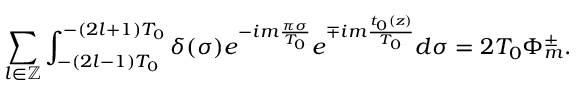
\sum _ { l \in \mathbb { Z } } \int _ { - ( 2 l - 1 ) T _ { 0 } } ^ { - ( 2 l + 1 ) T _ { 0 } } \delta ( \sigma ) e ^ { - i m \frac { \pi \sigma } { T _ { 0 } } } e ^ { \mp i m \frac { t _ { 0 } ( z ) } { T _ { 0 } } } d \sigma = 2 T _ { 0 } \Phi _ { m } ^ { \pm } .